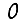
Digit: 0